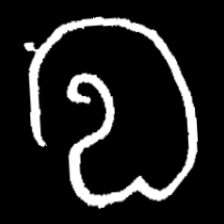
Pyu character \u2014 Myanmar letter: လ (romanized: la)